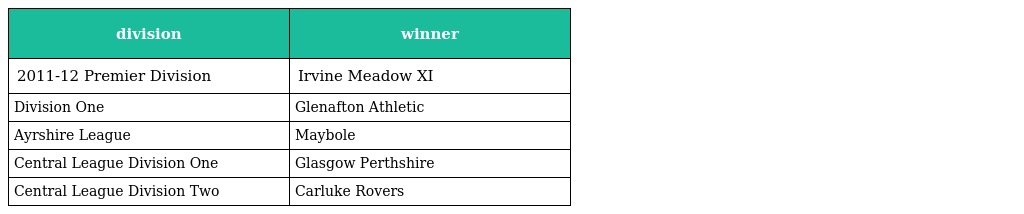
| division | winner |
 | --- | --- |
 | 2011-12 Premier Division | Irvine Meadow XI |
 | Division One | Glenafton Athletic |
 | Ayrshire League | Maybole |
 | Central League Division One | Glasgow Perthshire |
 | Central League Division Two | Carluke Rovers |